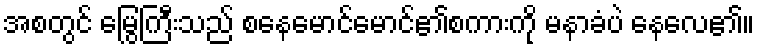
အစတွင် မြွေကြီးသည် စနေမောင်မောင်၏စကားကို မနာခံပဲ နေလေ၏။